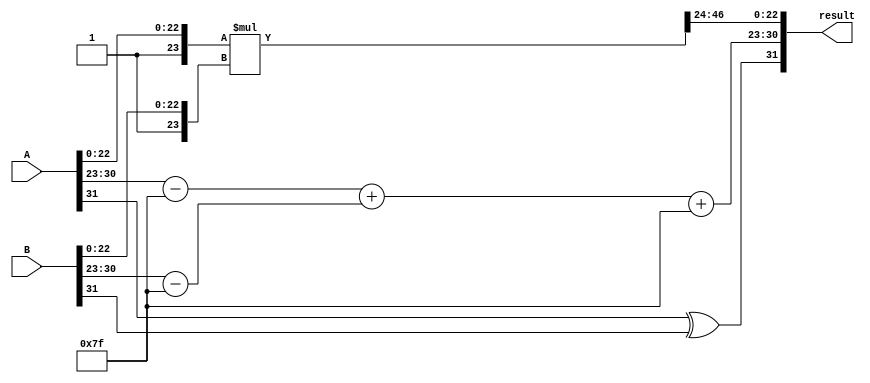
module floating_point_wallace_tree_multiplier (
    input [31:0] A, // First floating-point number
    input [31:0] B, // Second floating-point number
    output reg [31:0] result // Resulting floating-point number
);

    // Extract components from the inputs
    wire signA = A[31];
    wire signB = B[31];
    wire [7:0] expA = A[30:23];
    wire [7:0] expB = B[30:23];
    wire [22:0] mantA = A[22:0];
    wire [22:0] mantB = B[22:0];

    // Bias for single precision
    localparam BIAS = 8'd127;

    // Intermediate signals
    wire [7:0] expA_bias = expA - BIAS;
    wire [7:0] expB_bias = expB - BIAS;
    wire [7:0] exp_result = expA_bias + expB_bias + BIAS; // Combined exponent
    wire sign_result = signA ^ signB; // XOR for sign

    // Normalize mantissas (adding implicit leading 1)
    wire [23:0] normMantA = {1'b1, mantA}; // Implicit leading 1
    wire [23:0] normMantB = {1'b1, mantB}; // Implicit leading 1

    // Mantissa multiplication
    wire [47:0] mant_product = normMantA * normMantB; // 24x24=48 bits

    // Wallace Tree Reduction (simplified)
    wire [47:0] sum = mant_product; // For simplicity, just use the product in this example
    wire [23:0] mant_result; // Final mantissa result
    wire [7:0] final_exponent; // Final exponent

    // Normalization logic (simplified)
    assign mant_result = sum[47:24]; // Take the upper half for simplicity
    assign final_exponent = exp_result; // Use computed exponent directly

    // Result assembly
    always @(*) begin
        result = {sign_result, final_exponent, mant_result[22:0]};
    end

endmodule